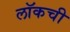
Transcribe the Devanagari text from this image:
लॉकची